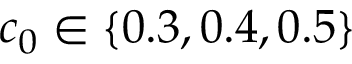
c _ { 0 } \in \{ 0 . 3 , 0 . 4 , 0 . 5 \}